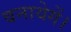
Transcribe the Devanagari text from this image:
बनायेगें।